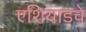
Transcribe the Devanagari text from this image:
एशियाडचे